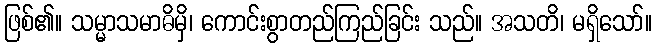
ဖြစ်၏။ သမ္မာသမာဓိမှိ၊ ကောင်းစွာတည်ကြည်ခြင်း သည်။ အသတိ၊ မရှိသော်။